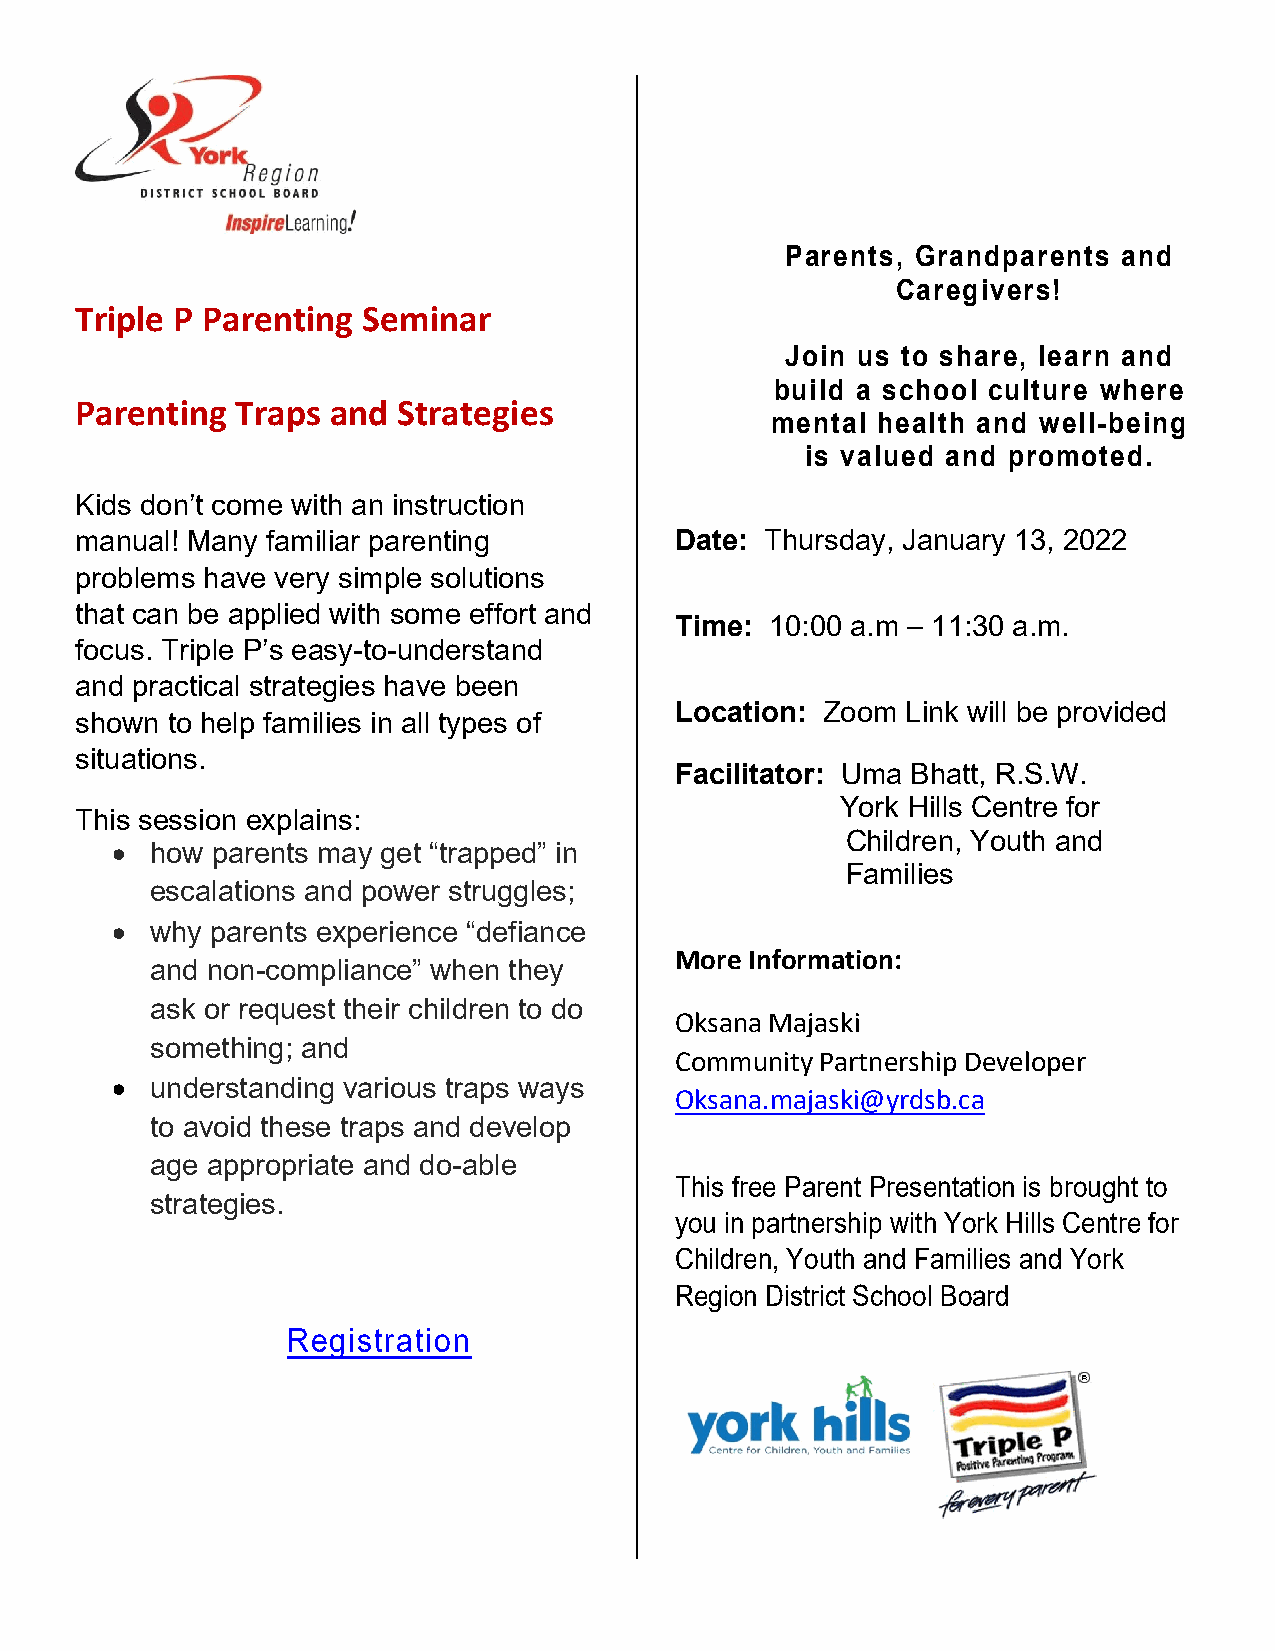
Parents, Grandparents and
 Caregivers!
 Triple P Parenting Seminar
 Join us to share, learn and
 build a school culture where
 Parenting  Traps and Strategies
 mental health and well-being
 is valued and promoted.
 Kids don’t come with an instruction
 manual! Many familiar parenting         Date: Thursday, January 13, 2022
 problems have very simple solutions
 that can be applied with some effort and
 Time: 10:00 a.m – 11:30 a.m.
 focus. Triple P’s easy-to-understand
 and practical strategies have been
 Location: Zoom Link will be provided
 shown to help families in all types of
 situations.
 Facilitator: Uma Bhatt, R.S.W.
 York Hills Centre for
 This session explains:
 Children, Youth and
 •  how parents may get “trapped” in
 Families
 escalations and power struggles;
 •  why parents experience “defiance
 More Information:
 and non-compliance” when they
 ask or request their children to do
 Oksana Majaski
 something; and
 Community Partnership Developer
 •  understanding various traps ways
 Oksana.majaski@yrdsb.ca
 to avoid these traps and develop
 age appropriate and do-able
 This free Parent Presentation is brought to
 strategies.
 you in partnership with York Hills Centre for
 Children, Youth and Families and York
 Region District School Board
 Registration